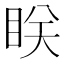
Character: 眹